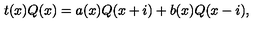
t ( x ) Q ( x ) = a ( x ) Q ( x + i ) + b ( x ) Q ( x - i ) ,